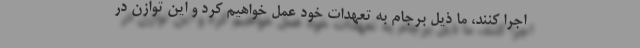
اجرا کنند، ما ذیل برجام به تعهدات خود عمل خواهیم کرد و این توازن در